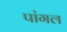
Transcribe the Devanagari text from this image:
पांगल